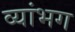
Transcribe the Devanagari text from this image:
व्यांभग